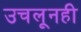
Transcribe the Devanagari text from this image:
उचलूनही